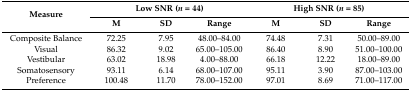
<table><thead><tr><td rowspan="2"><b>Measure</b></td><td colspan="3"><b>Low SNR (<i>n</i> = 44)</b></td><td colspan="3"><b>High SNR (<i>n</i> = 85)</b></td></tr><tr><td><b>M</b></td><td><b>SD</b></td><td><b>Range</b></td><td><b>M</b></td><td><b>SD</b></td><td><b>Range</b></td></tr></thead><tbody><tr><td>Composite Balance</td><td>72.25</td><td>7.95</td><td>48.00–84.00</td><td>74.48</td><td>7.31</td><td>50.00–89.00</td></tr><tr><td>Visual</td><td>86.32</td><td>9.02</td><td>65.00–105.00</td><td>86.40</td><td>8.90</td><td>51.00–100.00</td></tr><tr><td>Vestibular</td><td>63.02</td><td>18.98</td><td>4.00–88.00</td><td>66.18</td><td>12.22</td><td>18.00–89.00</td></tr><tr><td>Somatosensory</td><td>93.11</td><td>6.14</td><td>68.00–107.00</td><td>95.11</td><td>3.90</td><td>87.00–103.00</td></tr><tr><td>Preference </td><td>100.48</td><td>11.70</td><td>78.00–152.00</td><td>97.01</td><td>8.69</td><td>71.00–117.00</td></tr></tbody></table>